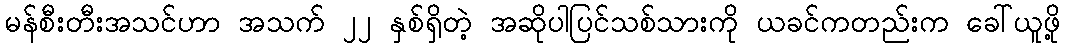
မန်စီးတီးအသင်ဟာ အသက် ၂၂ နှစ်ရှိတဲ့ အဆိုပါပြင်သစ်သားကို ယခင်ကတည်းက ခေါ်ယူဖို့